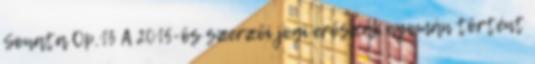
Sonata Op.13 A 2015-ös szerzői jogi erőszak nyomán történt